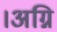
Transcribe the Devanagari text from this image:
।अग्नि